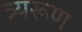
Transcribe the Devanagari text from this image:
त्र्यरूण